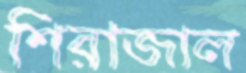
শিরাজাল